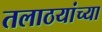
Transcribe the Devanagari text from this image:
तलाठयांच्या